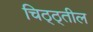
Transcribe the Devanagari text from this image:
चिठ्ठ्तील